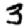
Digit: 3